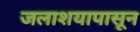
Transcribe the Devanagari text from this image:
जलाशयापासून